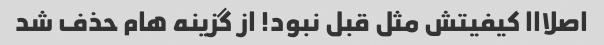
اصلااا کیفیتش مثل قبل نبود! از گزینه هام حذف شد